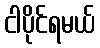
ငါပိုင်ရမယ်